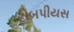
ટોબપીયસ